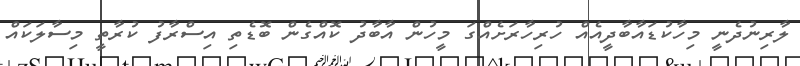
ލާރިނުދެނީ މިހާކުޑައާބާދީއެއް ހުރިހާރަށެއްގަ މީހުން އާބާދު ކޮއްގެން ބޮޑެތި އިސްރާފު ކުރާތީ މިސާލަކައް